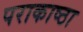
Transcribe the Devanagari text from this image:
पराकाष्‍ठा